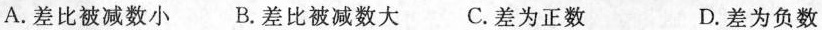
A.差比被减数小 B.差比被减数大 C.差为正数 D.差为负数